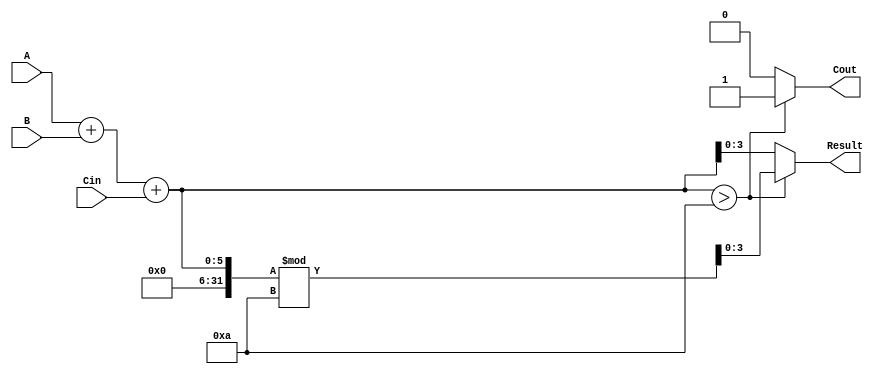
module BCD_adder(A,B,Cin,Result,Cout);
  
  input [3:0] A,B;
  input Cin;
  output [3:0] Result;
  output Cout;
  
  assign Cout = (A+B+Cin)>10? 1:0 ;
  assign Result = (A+B+Cin)>10? (A+B+Cin)%10:(A+B+Cin);
  
endmodule